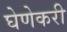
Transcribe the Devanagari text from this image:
घेणेकरी